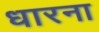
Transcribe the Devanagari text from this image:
धारना